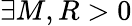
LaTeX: \exists M,R>0